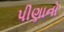
પીણાનો